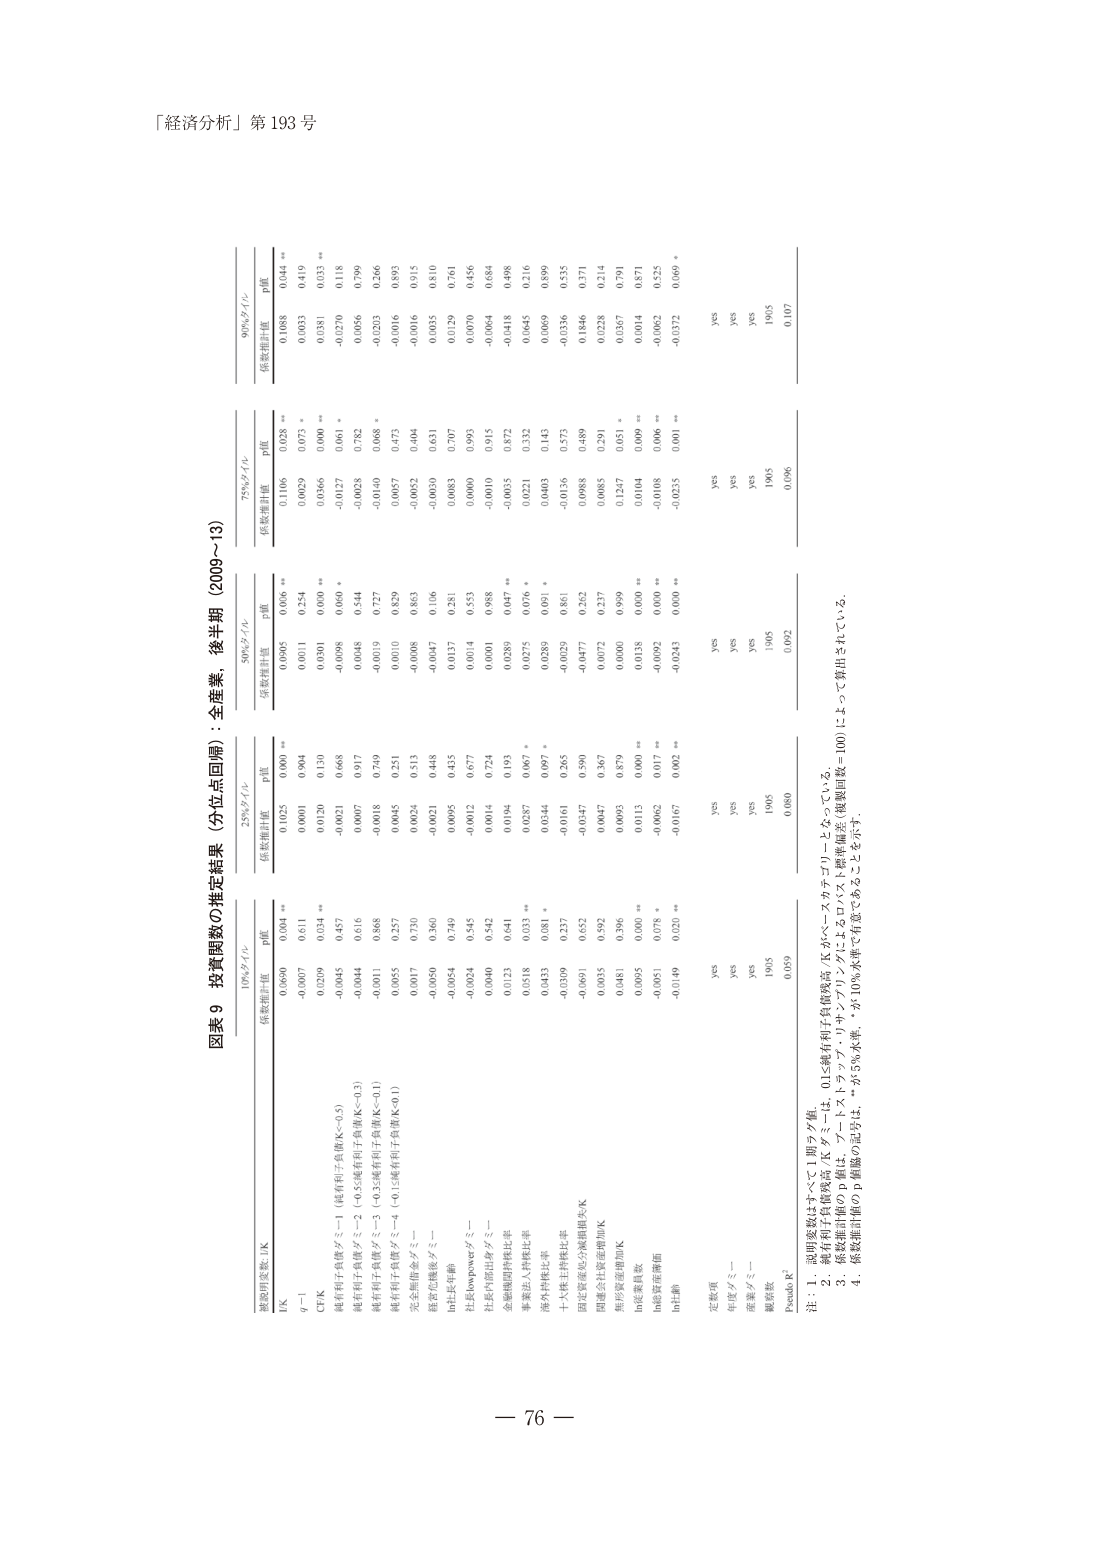
「経済分析」第 193 号

図表 9 投資関数の推定結果（分位点回帰）：全産業，後半期（2009～13）

被説明変数：lnK

10%タイル 25%タイル 50%タイル 75%タイル 90%タイル
係数推計値 p値 係数推計値 p値 係数推計値 p値 係数推計値 p値 係数推計値 p値

lnK 0.0500 0.094 ** 0.1025 0.090 ** 0.0495 0.096 ** 0.1106 0.028 ** 0.1088 0.044 **
γ－1 -0.0007 0.611 0.0001 0.904 0.0011 0.254 0.0029 0.073 * 0.0033 0.419
CF/K 0.0209 0.034 ** 0.0120 0.130 0.0301 0.000 ** 0.0066 0.000 ** 0.0381 0.035 **
純有利子負債タミー＝1（純有利子負債/K＜0.5） -0.0045 0.457 -0.0021 0.668 -0.0008 0.600 * -0.0127 0.061 * -0.0270 0.118
純有利子負債タミー＝2（0.5≦純有利子負債/K＜0.1） -0.0044 0.616 0.0007 0.917 0.0048 0.544 -0.0028 0.782 0.0056 0.799
純有利子負債タミー＝3（0.5≦純有利子負債/K＜0.1） -0.0011 0.868 -0.0018 0.749 -0.0019 0.727 -0.0140 0.068 * -0.0203 0.266
純有利子負債タミー＝4（0.1≦純有利子負債/K＜0.1） 0.0055 0.257 0.0045 0.251 0.0010 0.829 0.0057 0.473 -0.0016 0.893
完全情報タミー 0.0017 0.730 0.0024 0.513 -0.0008 0.863 -0.0052 0.404 -0.0016 0.915
資産危機度タミー 0.0050 0.360 -0.0021 0.448 -0.0047 0.106 -0.0030 0.631 0.0035 0.810
ln社長年齢 -0.0054 0.749 0.0095 0.435 0.0137 0.281 0.0083 0.707 0.0129 0.761
社長powerタミー 0.0024 0.545 -0.0012 0.677 0.0014 0.553 0.0000 0.993 0.0070 0.456
社長内部出身タミー 0.0040 0.542 0.0014 0.724 0.0001 0.988 -0.0010 0.915 -0.0064 0.684
金融機関持株比率 0.0123 0.641 0.0194 0.193 0.0289 0.047 ** 0.0035 0.872 -0.0418 0.498
事業法人持株比率 0.0518 0.033 ** 0.0287 0.067 * 0.0275 0.076 * 0.0221 0.352 0.0645 0.216
海外持株比率 0.0433 0.081 * 0.0344 0.097 * 0.0289 0.091 * 0.0403 0.143 0.0069 0.899
十ヶ年株主持株比率 -0.0309 0.237 -0.0161 0.265 -0.0029 0.861 -0.0136 0.573 -0.0336 0.535
固定資産総公衆価値/K -0.0691 0.652 -0.0347 0.590 -0.0477 0.262 0.0088 0.489 0.1846 0.371
固定会社資産増加/K 0.0035 0.982 0.0047 0.367 0.0072 0.237 0.0085 0.291 0.0228 0.214
無形資産増加/K 0.0481 0.396 0.0095 0.879 0.0000 0.999 0.1247 0.051 * 0.0367 0.791
lnK変異係数 0.0095 0.000 ** 0.0113 0.000 ** 0.0138 0.000 ** 0.0104 0.009 ** 0.0014 0.871
lnK変異係数 0.0051 0.078 * -0.0062 0.017 ** -0.0092 0.000 ** -0.0108 0.006 ** -0.0062 0.525
lnT動 -0.0149 0.020 ** -0.0167 0.002 ** -0.0243 0.000 ** -0.0235 0.001 ** -0.0372 0.069 *

定数項 yes yes yes yes yes
年度タミー yes yes yes yes yes
産業タミー yes yes yes yes yes
観測数 1905 1905 1905 1905 1905
Pseudo R² 0.059 0.080 0.092 0.096 0.107

注：1．説明変数はすべて1期ラグ値。
2．純有利子負債タミーは、K／Σ＝1.7，Σ＝1.7，0.1＜純有利子負債額/資本がベースカテゴリとなっている。
3．係数推計値の単位は、lnKの変化率。p値は、ブートストラップ法によるロバスト標準誤差（複数回数＝100）によって算出されている。
4．係数推計値の*は、5％水準、**は10％水準で有意であることを示す。

— 76 —